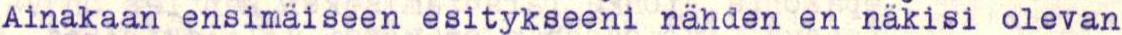
Ainakaan ensimäiseen esitykseeni nähden en näkisi olevan